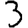
Digit: 3